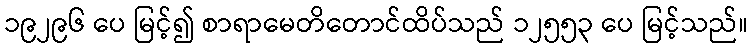
၁၉၂၉၆ ပေ မြင့်၍ စာရာမေတိတောင်ထိပ်သည် ၁၂၅၅၃ ပေ မြင့်သည်။